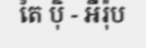
តៃ ប៉ិ - អឺរ៉ុប